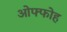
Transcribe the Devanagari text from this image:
ओफ्फोह